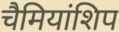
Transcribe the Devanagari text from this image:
चैमियांशिप